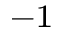
^ { - 1 }